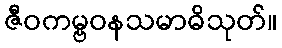
ဇီဝကမ္ဗဝနသမာဓိသုတ်။